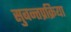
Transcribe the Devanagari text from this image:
सुबन्तप्रक्रिया